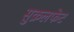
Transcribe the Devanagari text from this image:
सुक्रलफेट